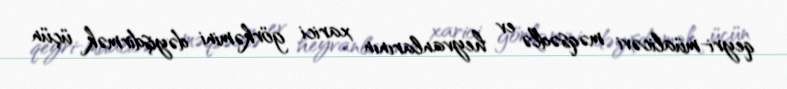
qeyri-müalicəvi məqsədlə ev heyvanlarının xarici görkəmini dəyişdirmək üçün